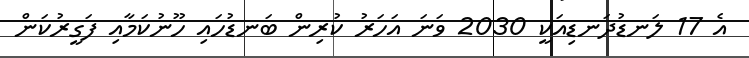
އެ 17 ލަނޑުދަނޑިއަކީ 2030 ވަނަ އަހަރު ކުރިން ބަނޑުހައި ހޫނުކަމާއި ފަގީރުކަން